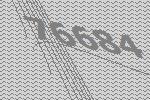
76684